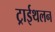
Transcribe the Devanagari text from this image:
ट्राईथलन